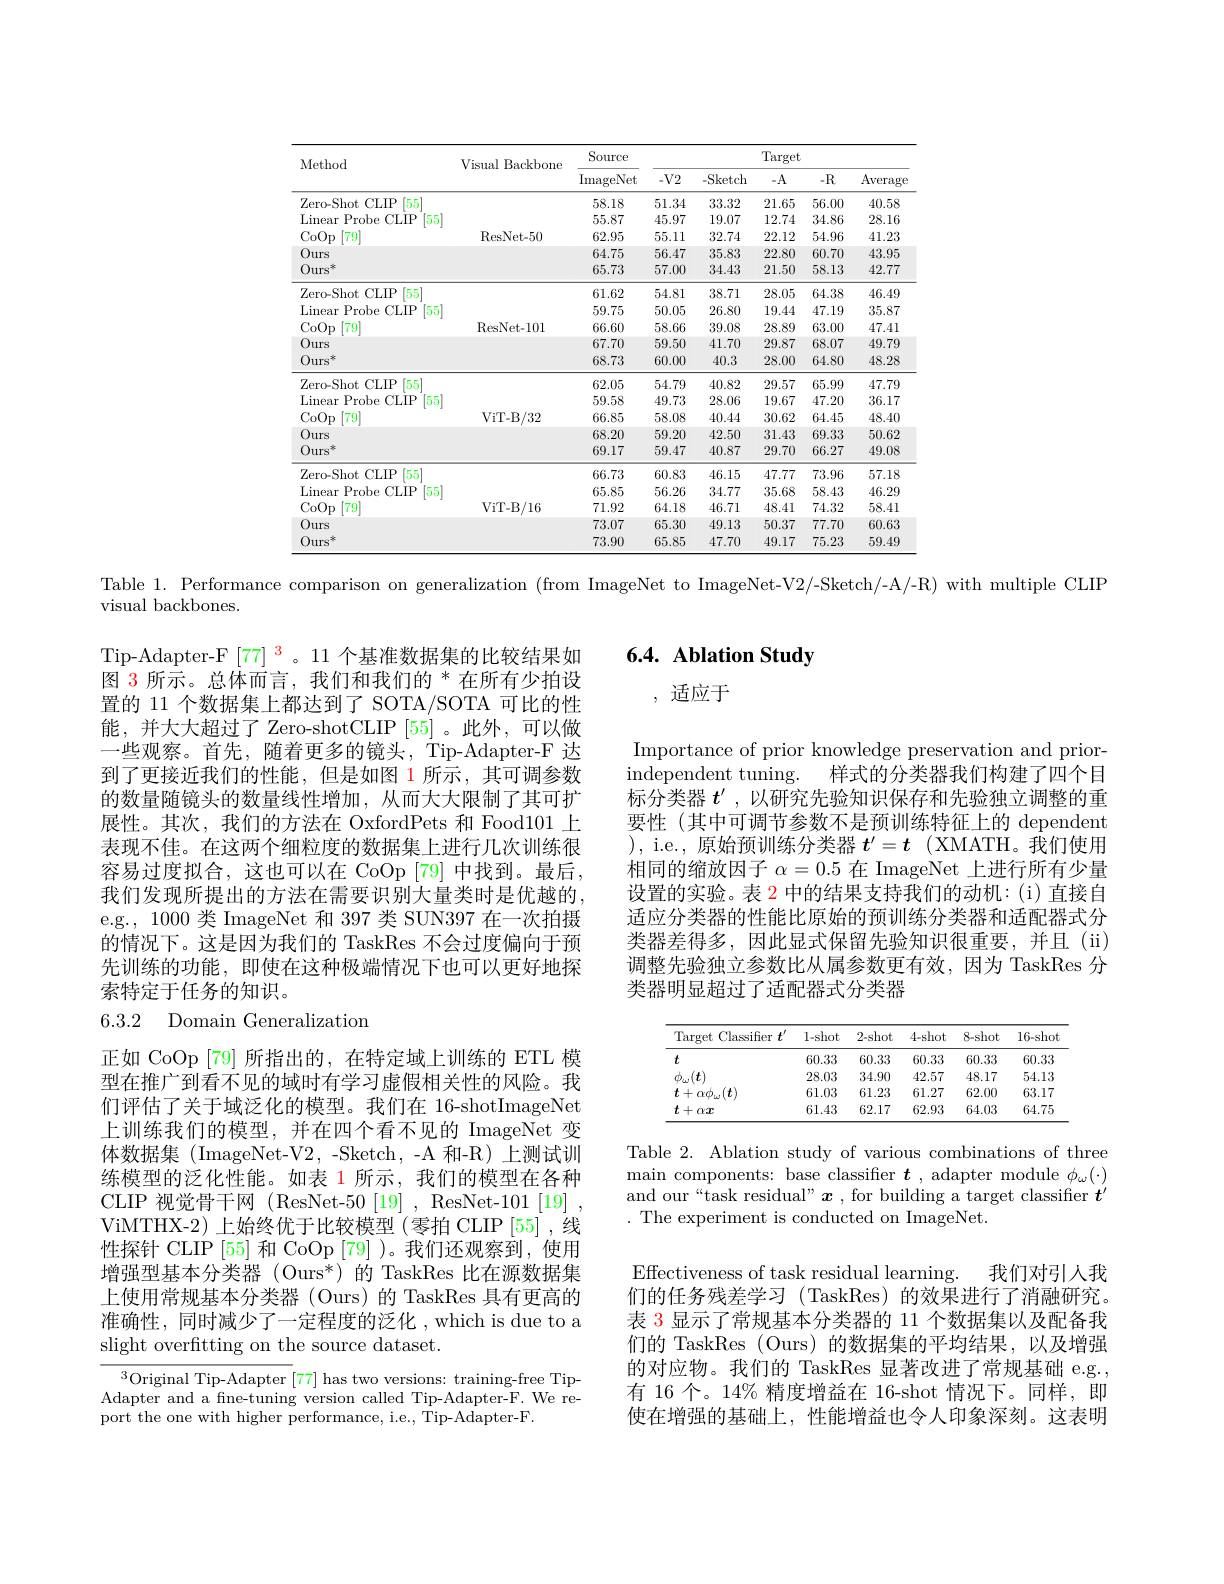
<table>
	<tbody>
		<tr>
			<th rowspan="2">Method</th>
			<th rowspan="2">Visual Backbone</th>
			<th rowspan="2">Source ImageNet</th>
			<th colspan="5">Target</th>
		</tr>
		<tr>
			<th>$-V2$</th>
			<th>- Sketch</th>
			<th>$-A$</th>
			<th>-R</th>
			<th>Averag$\epsilon$</th>
		</tr>
		<tr>
			<td>Zero- Shot CLIP [55]</td>
			<td> </td>
			<td>58.18</td>
			<td>51.34</td>
			<td>33.32</td>
			<td>21.65</td>
			<td>56.00</td>
			<td>40.58</td>
		</tr>
		<tr>
			<td>$\operatorname{Linear}$ Probe CLIP $155^{\prime}$ </td>
			<td> </td>
			<td>55.87</td>
			<td>45.97</td>
			<td>19.07</td>
			<td>12.74</td>
			<td>34.86</td>
			<td>28.16</td>
		</tr>
		<tr>
			<td>CoOp $\lceil79\rceil$</td>
			<td>ResNet- 50</td>
			<td>62.95</td>
			<td>55.11</td>
			<td>32.74</td>
			<td>22.12</td>
			<td>54.96</td>
			<td>41.23</td>
		</tr>
		<tr>
			<td>Ours</td>
			<td> </td>
			<td>64.75</td>
			<td>56.47</td>
			<td>35.83</td>
			<td>22.80</td>
			<td>60.70</td>
			<td>43.95</td>
		</tr>
		<tr>
			<td>$Ours^*$</td>
			<td> </td>
			<td>65.73</td>
			<td>57.00</td>
			<td>34.43</td>
			<td>21.50</td>
			<td>58.13</td>
			<td>42.77</td>
		</tr>
		<tr>
			<td>Zero- Shot tCLIP $(555^{\prime}$</td>
			<td> </td>
			<td>61.62</td>
			<td>54.81</td>
			<td>38.71</td>
			<td>28.05</td>
			<td>64.38</td>
			<td>46.49</td>
		</tr>
		<tr>
			<td>$\operatorname{Linear}$ Probe 11 CLIP $155^{\prime}$</td>
			<td> </td>
			<td>59.75</td>
			<td>50.05</td>
			<td>26.80</td>
			<td>19.44</td>
			<td>47.19</td>
			<td>35.87</td>
		</tr>
		<tr>
			<td>CoOp $\lceil79\rceil$</td>
			<td>ResNet- 101</td>
			<td>66.60</td>
			<td>58.66</td>
			<td>39.08</td>
			<td>28.89</td>
			<td>63.00</td>
			<td>47.41</td>
		</tr>
		<tr>
			<td>Ours</td>
			<td> </td>
			<td>67.70</td>
			<td>59.50</td>
			<td>41.70</td>
			<td>29.87</td>
			<td>68.07</td>
			<td>49.79</td>
		</tr>
		<tr>
			<td>$Ours^*$</td>
			<td> </td>
			<td>68.73</td>
			<td>60.00</td>
			<td>40.3</td>
			<td>28.00</td>
			<td>64.80</td>
			<td>48.28</td>
		</tr>
		<tr>
			<td>[55] Zero- Shot , 1 CLIP</td>
			<td> </td>
			<td>62.05</td>
			<td>54.79</td>
			<td>40.82</td>
			<td>29.57</td>
			<td>65.99</td>
			<td>47.79</td>
		</tr>
		<tr>
			<td>$155^{\prime}$ $\operatorname{Linear}$ Probe CLIP</td>
			<td> </td>
			<td>59.58</td>
			<td>49.73</td>
			<td>28.06</td>
			<td>19.67</td>
			<td>47.20</td>
			<td>36.17</td>
		</tr>
		<tr>
			<td>CoOp $\lceil79\rceil$</td>
			<td>ViT- B/ 32</td>
			<td>66.85</td>
			<td>58.08</td>
			<td>40.44</td>
			<td>30.62</td>
			<td>64.45</td>
			<td>48.40</td>
		</tr>
		<tr>
			<td>Ours</td>
			<td> </td>
			<td>68.20</td>
			<td>59.20</td>
			<td>42.50</td>
			<td>31.43</td>
			<td>69.33</td>
			<td>50.62</td>
		</tr>
		<tr>
			<td>$Ours^*$</td>
			<td> </td>
			<td>69.17</td>
			<td>59.47</td>
			<td>40.87</td>
			<td>29.70</td>
			<td>66.27</td>
			<td>49.08</td>
		</tr>
		<tr>
			<td>Zero- Shot tCLIP $(555^{\prime}$</td>
			<td> </td>
			<td>66.73</td>
			<td>60.83</td>
			<td>46.15</td>
			<td>47.77</td>
			<td>73.96</td>
			<td>57.18</td>
		</tr>
		<tr>
			<td>$\operatorname{Linear}$ Probe 1 11 CLIP $155^{\prime}$</td>
			<td> </td>
			<td>65.85</td>
			<td>56.26</td>
			<td>34.77</td>
			<td>35.68</td>
			<td>58.43</td>
			<td>46.29</td>
		</tr>
		<tr>
			<td>CoOp [79]</td>
			<td>ViT- B/ 16</td>
			<td>71.92</td>
			<td>64.18</td>
			<td>46.71</td>
			<td>48.41</td>
			<td>74.32</td>
			<td>58.41</td>
		</tr>
		<tr>
			<td>Ours</td>
			<td> </td>
			<td>73.07</td>
			<td>65.30</td>
			<td>49.13</td>
			<td>50.37</td>
			<td>77.70</td>
			<td>60.63</td>
		</tr>
		<tr>
			<td>Ours$^{*}$</td>
			<td> </td>
			<td>73.90</td>
			<td>65.85</td>
			<td>47.70</td>
			<td>49.17</td>
			<td>75.23</td>
			<td>59.49</td>
		</tr>
	</tbody>
</table>

Table 1. Performance comparison on generalization (from ImageNet to ImageNet-V2/-Sketch/-A/-R) with multiple CLIP

visual backbones.

## 6.4. Ablation Study

,适应于

$Tip-Adapter-F[77]^3。11 个基准数据集的比较结果如$ 图 3 所示。总体而言，我们和我们的 * 在所有少拍设置的 11 个数据集上都达到了 SOTA/SOTA 可比的性能，并大大超过了 Zero-shotCLIP [55]。此外，可以做一些观察。首先，随着更多的镜头，Tip-Adapter-F 达到了更接近我们的性能，但是如图 1 所示，其可调参数的数量随镜头的数量线性增加，从而大大限制了其可扩展性。其次，我们的方法在 OxfordPets 和 Food101 上表现不佳。在这两个细粒度的数据集上进行几次训练很容易过度拟合，这也可以在 CoOp [79] 中找到。最后， 我们发现所提出的方法在需要识别大量类时是优越的， e.g., 1000 类 ImageNet 和 397 类 SUN397 在一次拍摄的情况下。这是因为我们的 TaskRes 不会过度偏向于预先训练的功能，即使在这种极端情况下也可以更好地探索特定于任务的知识。
6.3.2 Domain Generalization

Importance of prior knowledge preservation and priorindependent tuning. 样式的分类器我们构建了四个目标分类器$t^{\prime}$ ,以研究先验知识保存和先验独立调整的重要性 (其中可调节参数不是预训练特征上的 dependent ) , i. e. , 原 始 预 训 练 分 类 器 $t^{\prime }= t$ (XMATH。我们使用相同的缩放因子$\alpha=0.5$在 ImageNet 上进行所有少量设置的实验。表 2 中的结果支持我们的动机：(i)直接自适应分类器的性能比原始的预训练分类器和适配器式分类器差得多，因此显式保留先验知识很重要，并且(ii) 调整先验独立参数比从属参数更有效，因为 TaskRes 分类器明显超过了适配器式分类器

<table>
	<tbody>
		<tr>
			<th>Target Classifer $\because\boldsymbol{t}^{\prime}$</th>
			<th>l- shot</th>
			<th>2-shot</th>
			<th>4-shot</th>
			<th>8- shot</th>
			<th>16-shot</th>
		</tr>
		<tr>
			<td>$t$</td>
			<td>60.33</td>
			<td>60.33</td>
			<td>60.33</td>
			<td>60.33</td>
			<td>60.33</td>
		</tr>
		<tr>
			<td>$\nu_{\omega}(\boldsymbol{t})$</td>
			<td>28.03</td>
			<td>34.90</td>
			<td>42.57</td>
			<td>48.17</td>
			<td>54.13</td>
		</tr>
		<tr>
			<td>$\boldsymbol{t}+\alpha\phi_{\mu,}(\boldsymbol{t})$</td>
			<td>61.03</td>
			<td>61.23</td>
			<td>61.27</td>
			<td>62.00</td>
			<td>63.17</td>
		</tr>
		<tr>
			<td>$t+\alpha\boldsymbol{x}$</td>
			<td>61.43</td>
			<td>62.17</td>
			<td>62.93</td>
			<td>64.03</td>
			<td>64.75</td>
		</tr>
	</tbody>
</table>

Table 2. Ablation study of various combinations of three main components: base classifier $\boldsymbol{t}$, adapter module $\phi_\omega(\cdot)$ and our“task residual” $\boldsymbol x$ , for building a target classifier $t^\prime$ . The experiment is conducted on ImageNet.

正如 CoOp [79]所指出的，在特定域上训练的 ETL 模型在推广到看不见的域时有学习虚假相关性的风险。我们评估了关于域泛化的模型。我们在 16-shotImageNet 上训练我们的模型，并在四个看不见的 ImageNet 变体数据集(ImageNet-V2,-Sketch,-A 和-R)上测试训练模型的泛化性能。如表 1 所示，我们的模型在各种CLIP 视觉骨干网 (ResNet-50[19], ResNet-101[19] , ViMTHX-2) 上始终优于比较模型 (零拍 CLIP [55] ,线性探针 CLIP [55] 和 CoOp [79] )。我们还观察到，使用增强型基本分类器 (Ours$^*)$的 TaskRes 比在源数据集上使用常规基本分类器 (Ours)的 TaskRes 具有更高的准确性，同时减少了一定程度的泛化 , which is due to a slight overfitting on the source dataset.

Effectiveness of task residual learning.
我们对引人我
们的任务残差学习 (TaskRes) 的效果进行了消融研究。表 3 显示了常规基本分类器的 11 个数据集以及配备我们的 TaskRes (Ours) 的数据集的平均结果，以及增强的对应物。我们的 TaskRes 显著改进了常规基础 e.g., 有 16 个。14% 精度增益在 16-shot 情况下。同样，即使在增强的基础上，性能增益也令人印象深刻。这表明

$^{3}$Original Tip-Adapter [77] has two versions: training-free TipAdapter and a fine-tuning version called Tip-Adapter-F. We report the one with higher performance, i.e., Tip-Adapter-F.